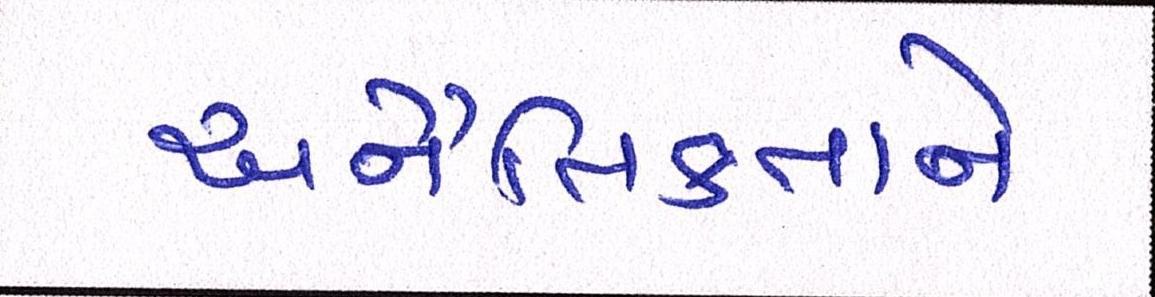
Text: અનૈતિકતાને